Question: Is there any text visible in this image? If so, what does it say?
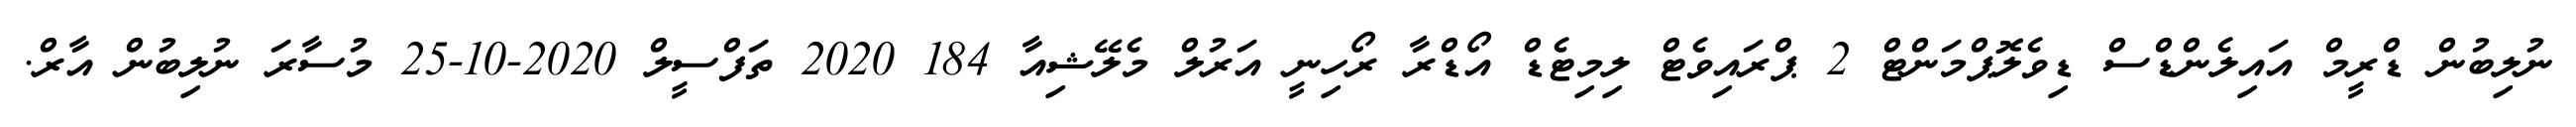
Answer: ނުލިބުން ޑްރީމް އައިލެންޑްސް ޑިވެލޮޕްމަންޓް 2 ޕްރައިވެޓް ލިމިޓެޑް އޯޑްރާ ރޯހިނީ އަރުލް މެލޭޝިއާ 184 2020 ތަފްސީލް 2020-10-25 މުސާރަ ނުލިބުން އާރް.